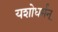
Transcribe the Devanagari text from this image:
यशोधर्मन्‌